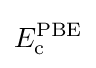
E_{\text{c}}^{\text{PBE}}